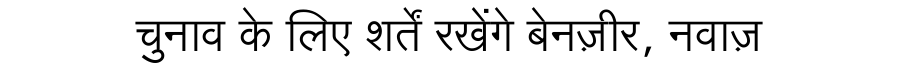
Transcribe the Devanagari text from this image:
चुनाव के लिए शर्तें रखेंगे बेनज़ीर, नवाज़